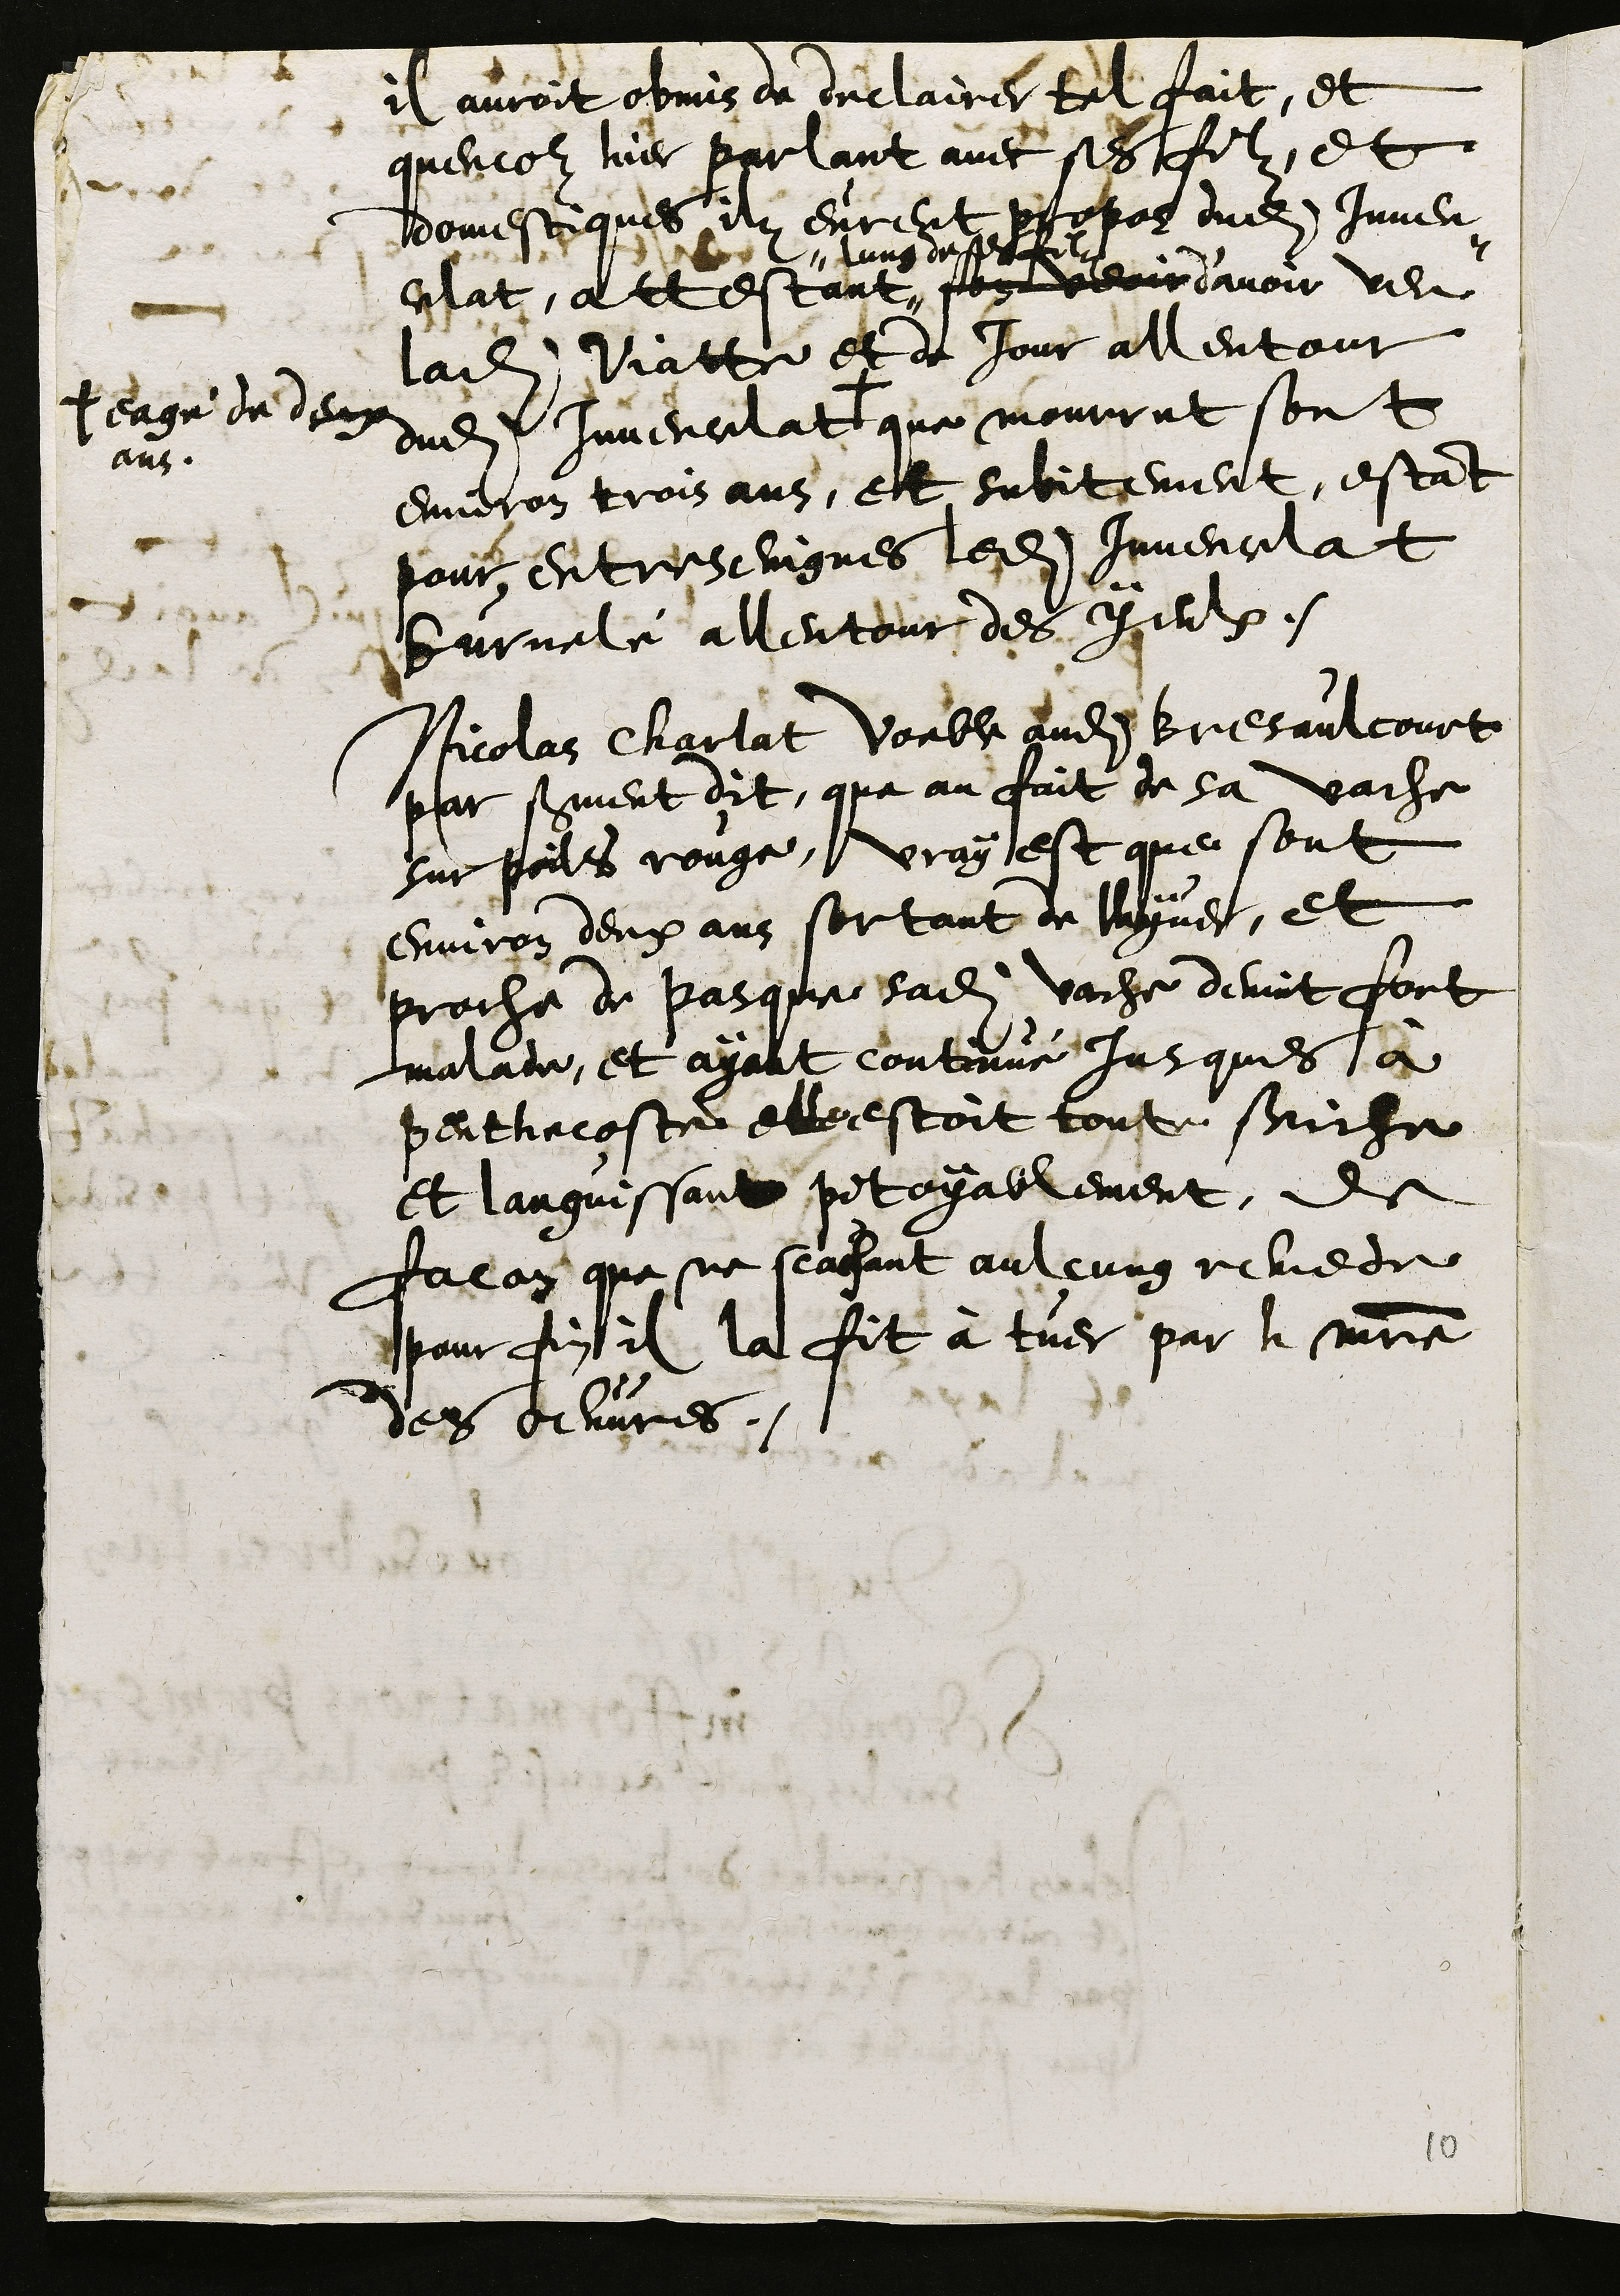
il auroit obmis de declairer tel fait, et
quencor hier parlant avec ses filz, et
domestiques ilz eurent propos dudit Juven¬
celat, attestant
lung de ses filz
son veoir d’avoir veu
ladite Viatte et de jour allentour
dudit Juvencelat +
+ eagé de deux
ans
que mourrut sont
environ trois ans, et subitement, estant
pour entreseingnes ledit Juvencelat
burnelé allentour des yeulx.
Nicolas Charlat Voeble audit Bresaulcourt
par serment dit, que au fait de sa vache
sur poils rouge, vray est que sont
environ deux ans sortant de lhyver, et
proche de Pasque sadite vache devint fort
malade, et ayant continué jusques à
penthecoste elle estoit toute seiche
et languissant pitoyablement, de
facon que ne scachant aulcung remede
pour fin il la fit à tuer par le maitre
des oeuvres.

10